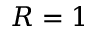
R = 1